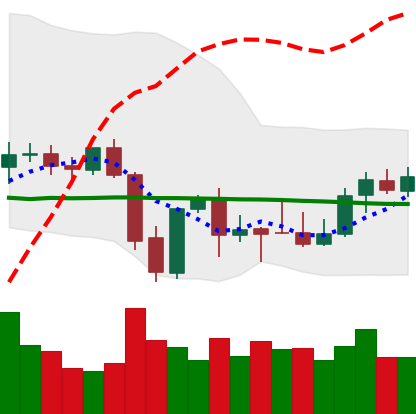
Ticker: XMR-USD
Chart end date: 2021-10-03
Forward return: 7.302%
Label: up_7plus